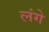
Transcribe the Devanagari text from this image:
लंगे